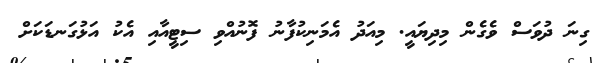
ގިނަ ދުވަސް ވެގެން މިދިޔައީ. މިއަދު އެމަނިކުފާނު ފޮނުއްވި ސިޓީއާއި އެކު އަޅުގަނޑަކަށް